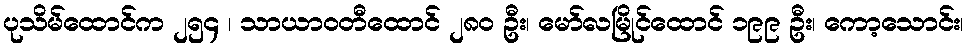
ပုသိမ်ထောင်က ၂၅၄ ၊ သာယာဝတီထောင် ၂၈၀ ဦး၊ မော်လမြိုင်ထောင် ၁၉၉ ဦး၊ ကော့သောင်း၊